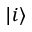
| i \rangle